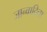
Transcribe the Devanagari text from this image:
जान्वादिना